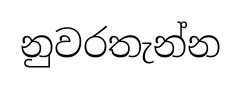
නුවරතැන්න